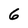
Character: 6